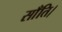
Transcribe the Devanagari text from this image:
साँति।